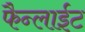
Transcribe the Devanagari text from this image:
फैन्लाईट